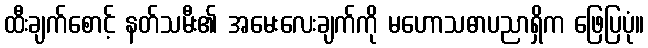
ထီးချက်စောင့် နတ်သမီး၏ အမေးလေးချက်ကို မဟောသဓာပညာရှိက ဖြေပြပုံ။